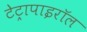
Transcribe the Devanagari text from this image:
टेट्रापाइरॉल